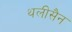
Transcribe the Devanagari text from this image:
थलीसैन